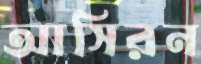
আসিরন